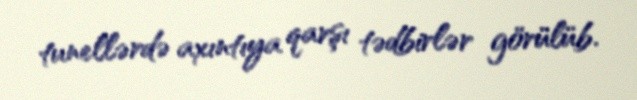
tunellərdə axıntıya qarşı tədbirlər görülüb.